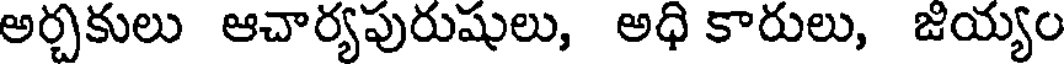
అర్చకులు ఆచార్యపురుషులు, అధి కారులు, జియ్యం